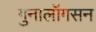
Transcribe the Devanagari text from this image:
गुनालॉगसन